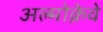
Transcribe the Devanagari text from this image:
अल्मोक्रेवे